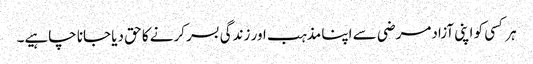
ہر کسی کو اپنی آزادمرضی سے اپنا مذہب اور زندگی بسر کرنے کا حق دیا جانا چاہیے۔